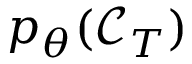
p _ { \theta } ( \mathcal { C } _ { T } )